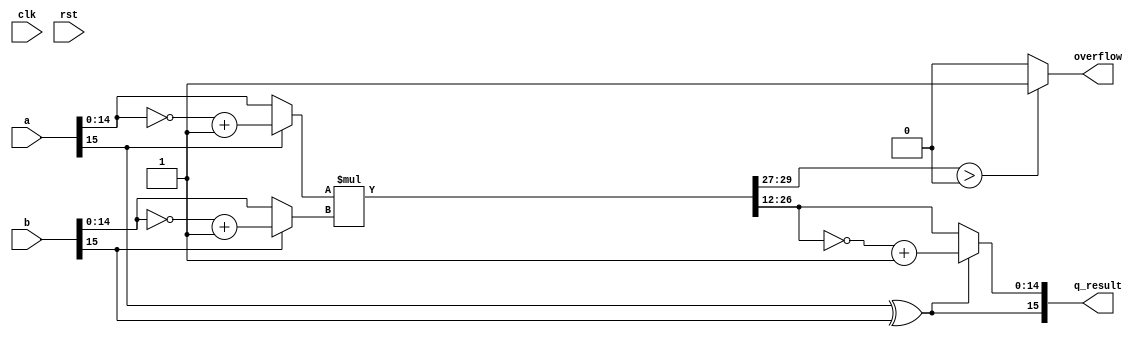
`timescale 1ns / 1ps
// (Q,N) = (12,16) => 1 sign-bit + 3 integer-bits + 12 fractional-bits = 16 total-bits
//                    |S|III|FFFFFFFFFFFF|
// The same thing in A(I,F) format would be A(3,12)
module qmult #(
	//Parameterized values
	parameter N = 16,
	parameter Q = 12
	)
	(
	 input                  clk,
	 input                  rst,
	 input			[N-1:0]	a,
	 input			[N-1:0]	b,
	 output         [N-1:0] q_result,    //output quantized to same number of bits as the input
     output			overflow             //signal to indicate output greater than the range of our format
	 );
	 
	 //	The underlying assumption, here, is that both fixed-point values are of the same length (N,Q)
	 //	Because of this, the results will be of length N+N = 2N bits
	 //	This also simplifies the hand-back of results, as the binimal point 
	 //	will always be in the same location
	
	wire [2*N-1:0]	f_result;		//	Multiplication by 2 values of N bits requires a 
									//	register that is N+N = 2N deep
	wire [N-1:0]   multiplicand;
	wire [N-1:0]	multiplier;
	wire [N-1:0]    a_2cmp, b_2cmp;
	wire [N-2:0]    quantized_result,quantized_result_2cmp;
	
	assign a_2cmp = {~a[N-1],~a[N-2:0]+ 1'b1};  //2's complement of a {(N-1){1'b1}} - 
	assign b_2cmp = {~b[N-1],~b[N-2:0]+ 1'b1};  //2's complement of b  {(N-1){1'b1}} - 
	
    assign multiplicand = (a[N-1]) ? a_2cmp : a;              
    assign multiplier   = (b[N-1]) ? b_2cmp : b;
    
 //   always @(posedge clk)                                     //pipelining a bit in order to prevent too much combo delay
 //   begin
 //   if(rst)
 //       f_result <= 0;
 //   else
     assign f_result = multiplicand[N-2:0] * multiplier[N-2:0];  //We remove the sign bit for multiplication
//    end
    
    assign q_result[N-1] = a[N-1]^b[N-1];                     //Sign bit of output would be XOR or input sign bits
    assign quantized_result = f_result[N-2+Q:Q];              //Quantization of output to required number of bits
    assign quantized_result_2cmp = ~quantized_result[N-2:0] + 1'b1;  //2's complement of quantized_result  {(N-1){1'b1}} - 
    assign q_result[N-2:0] = (a[N-1]^b[N-1]) ? quantized_result_2cmp : quantized_result; //If the result is negative, we return a 2's complement representation 
    																					 //of the output value
    assign overflow = (f_result[2*N-2:N-1+Q] > 0) ? 1'b1 : 1'b0;

endmodule